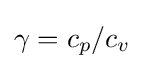
\gamma =c_{p}/c_{v}